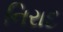
નિરાદ